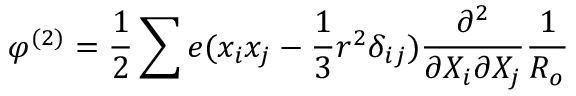
\varphi ^ { ( 2 ) } = \frac { 1 } { 2 } \sum e ( x _ { i } x _ { j } - \frac { 1 } { 3 } r ^ { 2 } \delta _ { i j } ) \frac { \partial ^ { 2 } } { \partial X _ { i } \partial X _ { j } } \frac { 1 } { R _ { o } }